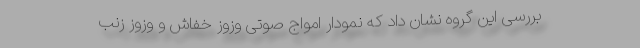
بررسی این گروه نشان داد که نمودار امواج صوتی وزوز خفاش و وزوز زنب